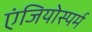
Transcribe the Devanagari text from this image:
एंजियोस्पर्म